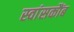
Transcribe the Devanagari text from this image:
स्वांसकौंब